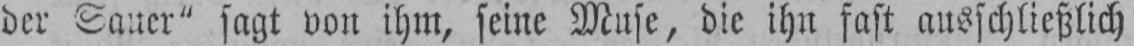
der Sauer“ sagt von ihm, seine Muse, die ihn fast ausschließlich